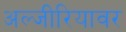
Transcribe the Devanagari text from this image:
अल्जीरियावर